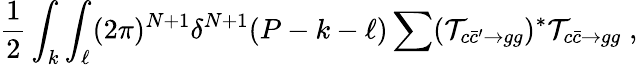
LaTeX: {\frac{1}{2}}\int_{k}\int_{\ell}(2\pi)^{N+1}\delta^{N+1}(P-k-\ell)\sum({\cal T}_{c\bar{c}^{\prime}\to gg})^{*}{\cal T}_{c\bar{c}\to gg}\; ,